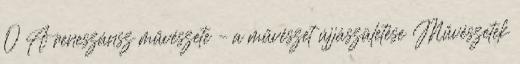
0 A reneszánsz művészete – a művészet újjászületése Művészetek